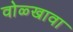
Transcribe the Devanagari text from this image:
वोळ्खावा